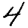
Digit: 4